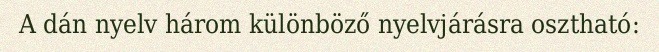
A dán nyelv három különböző nyelvjárásra osztható: